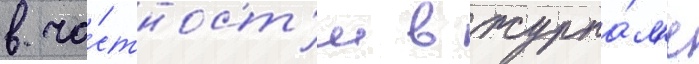
в ча́стност'и в журна́л'е